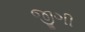
જીગી